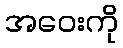
အဝေးကို